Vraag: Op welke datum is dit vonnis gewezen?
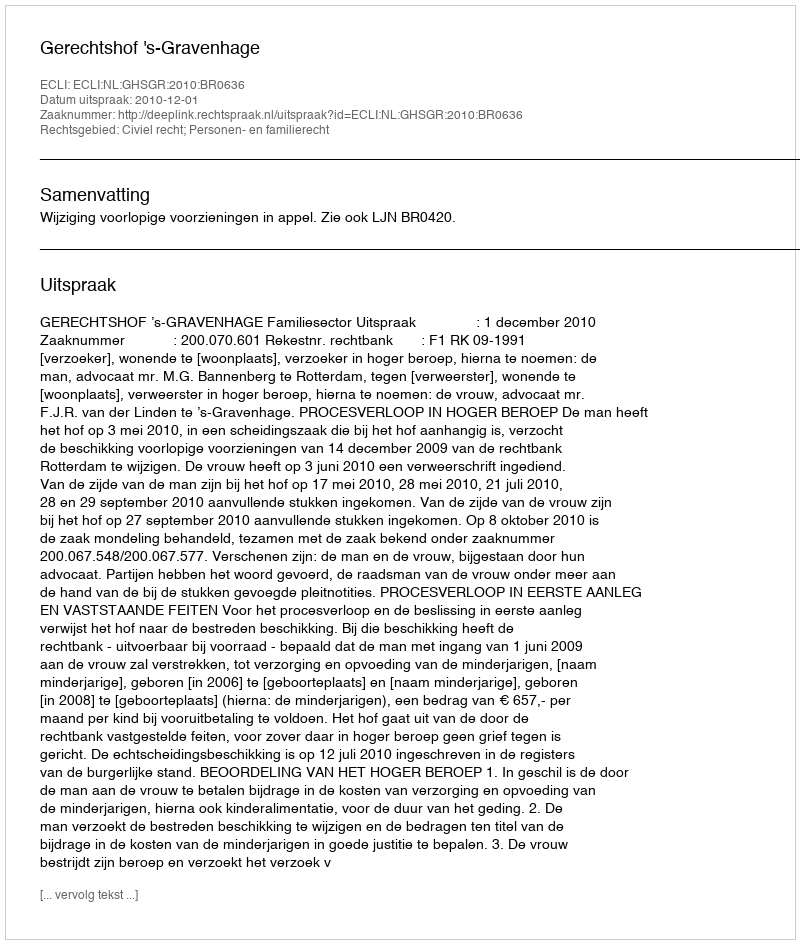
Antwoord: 2010-12-01